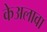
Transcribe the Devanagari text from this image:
केअलावा